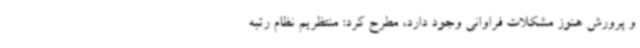
و پرورش هنوز مشکلات فراوانی وجود دارد، مطرح کرد: منتظریم نظام رتبه